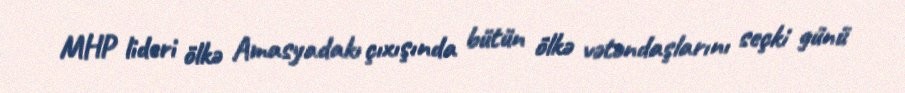
MHP lideri ölkə Amasyadakı çıxışında bütün ölkə vətəndaşlarını seçki günü